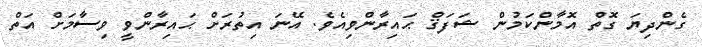
ގެންދިޔަ ގޮތް އޮމާންކަމުން ޝަފަޤް ޙައިރާންވިއެވެ. އޭނަ އިތުރަށް ޙައިރާންވީ ވިސާމަށް އަތް